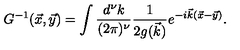
G ^ { - 1 } ( \vec { x } , \vec { y } ) = \int { \frac { d ^ { \nu } k } { ( 2 \pi ) ^ { \nu } } } { \frac { 1 } { { 2 g ( \vec { k } } ) } } e ^ { - i \vec { k } ( \vec { x } - \vec { y } ) } .